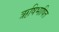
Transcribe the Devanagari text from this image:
ऋषिभाषित